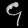
Digit: ၄